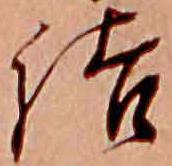
結